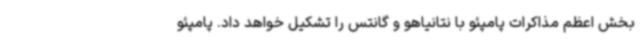
بخش اعظم مذاکرات پامپئو با نتانیاهو و گانتس را تشکیل خواهد داد. پامپئو